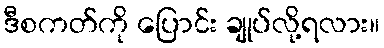
ဒီစကတ်ကို ပြောင်း ချုပ်လို့ရလား။